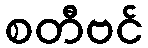
စတီဗင်